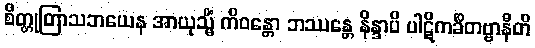
စိတ္တုတြာသဘယေန အာယုသ္မိံ ကိဝန္တော ဘဿန္တေ နိန္ဒာပိ ပါဋိကင်္ခိတဗ္ဗာနီတိ